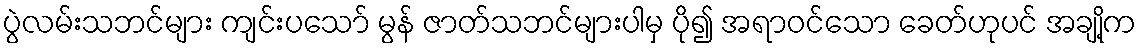
ပွဲလမ်းသဘင်များ ကျင်းပသော် မွန် ဇာတ်သဘင်များပါမှ ပို၍ အရာဝင်သော ခေတ်ဟုပင် အချို့က